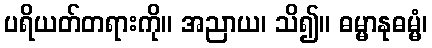
ပရိယတ်တရားကို။ အညာယ၊ သိ၍။ ဓမ္မာနုဓမ္မံ၊